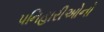
પનિહારીઓનો